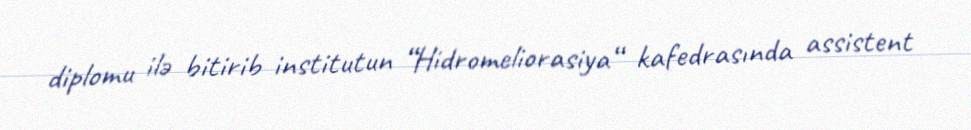
diplomu ilə bitirib institutun “Hidromeliorasiya“ kafedrasında assistent